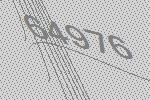
64976